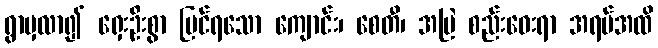
ရွာမှလာ၍ ရှေးဦးစွာ မြင်ရသော ကျောင်း၊ စေတီ၊ အမြဲ စည်းဝေးရာ အရပ်အထိ